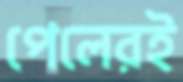
পেলেরই